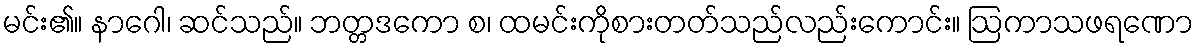
မင်း၏။ နာဂေါ၊ ဆင်သည်။ ဘတ္တဒကော စ၊ ထမင်းကိုစားတတ်သည်လည်းကောင်း။ ဩကာသဖရဏော